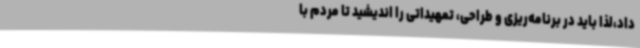
داد،لذا باید در برنامه‌ریزی و طراحی، تمهیداتی را اندیشید تا مردم با